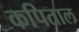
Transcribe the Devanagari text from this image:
कपिताल